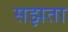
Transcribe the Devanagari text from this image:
सझता